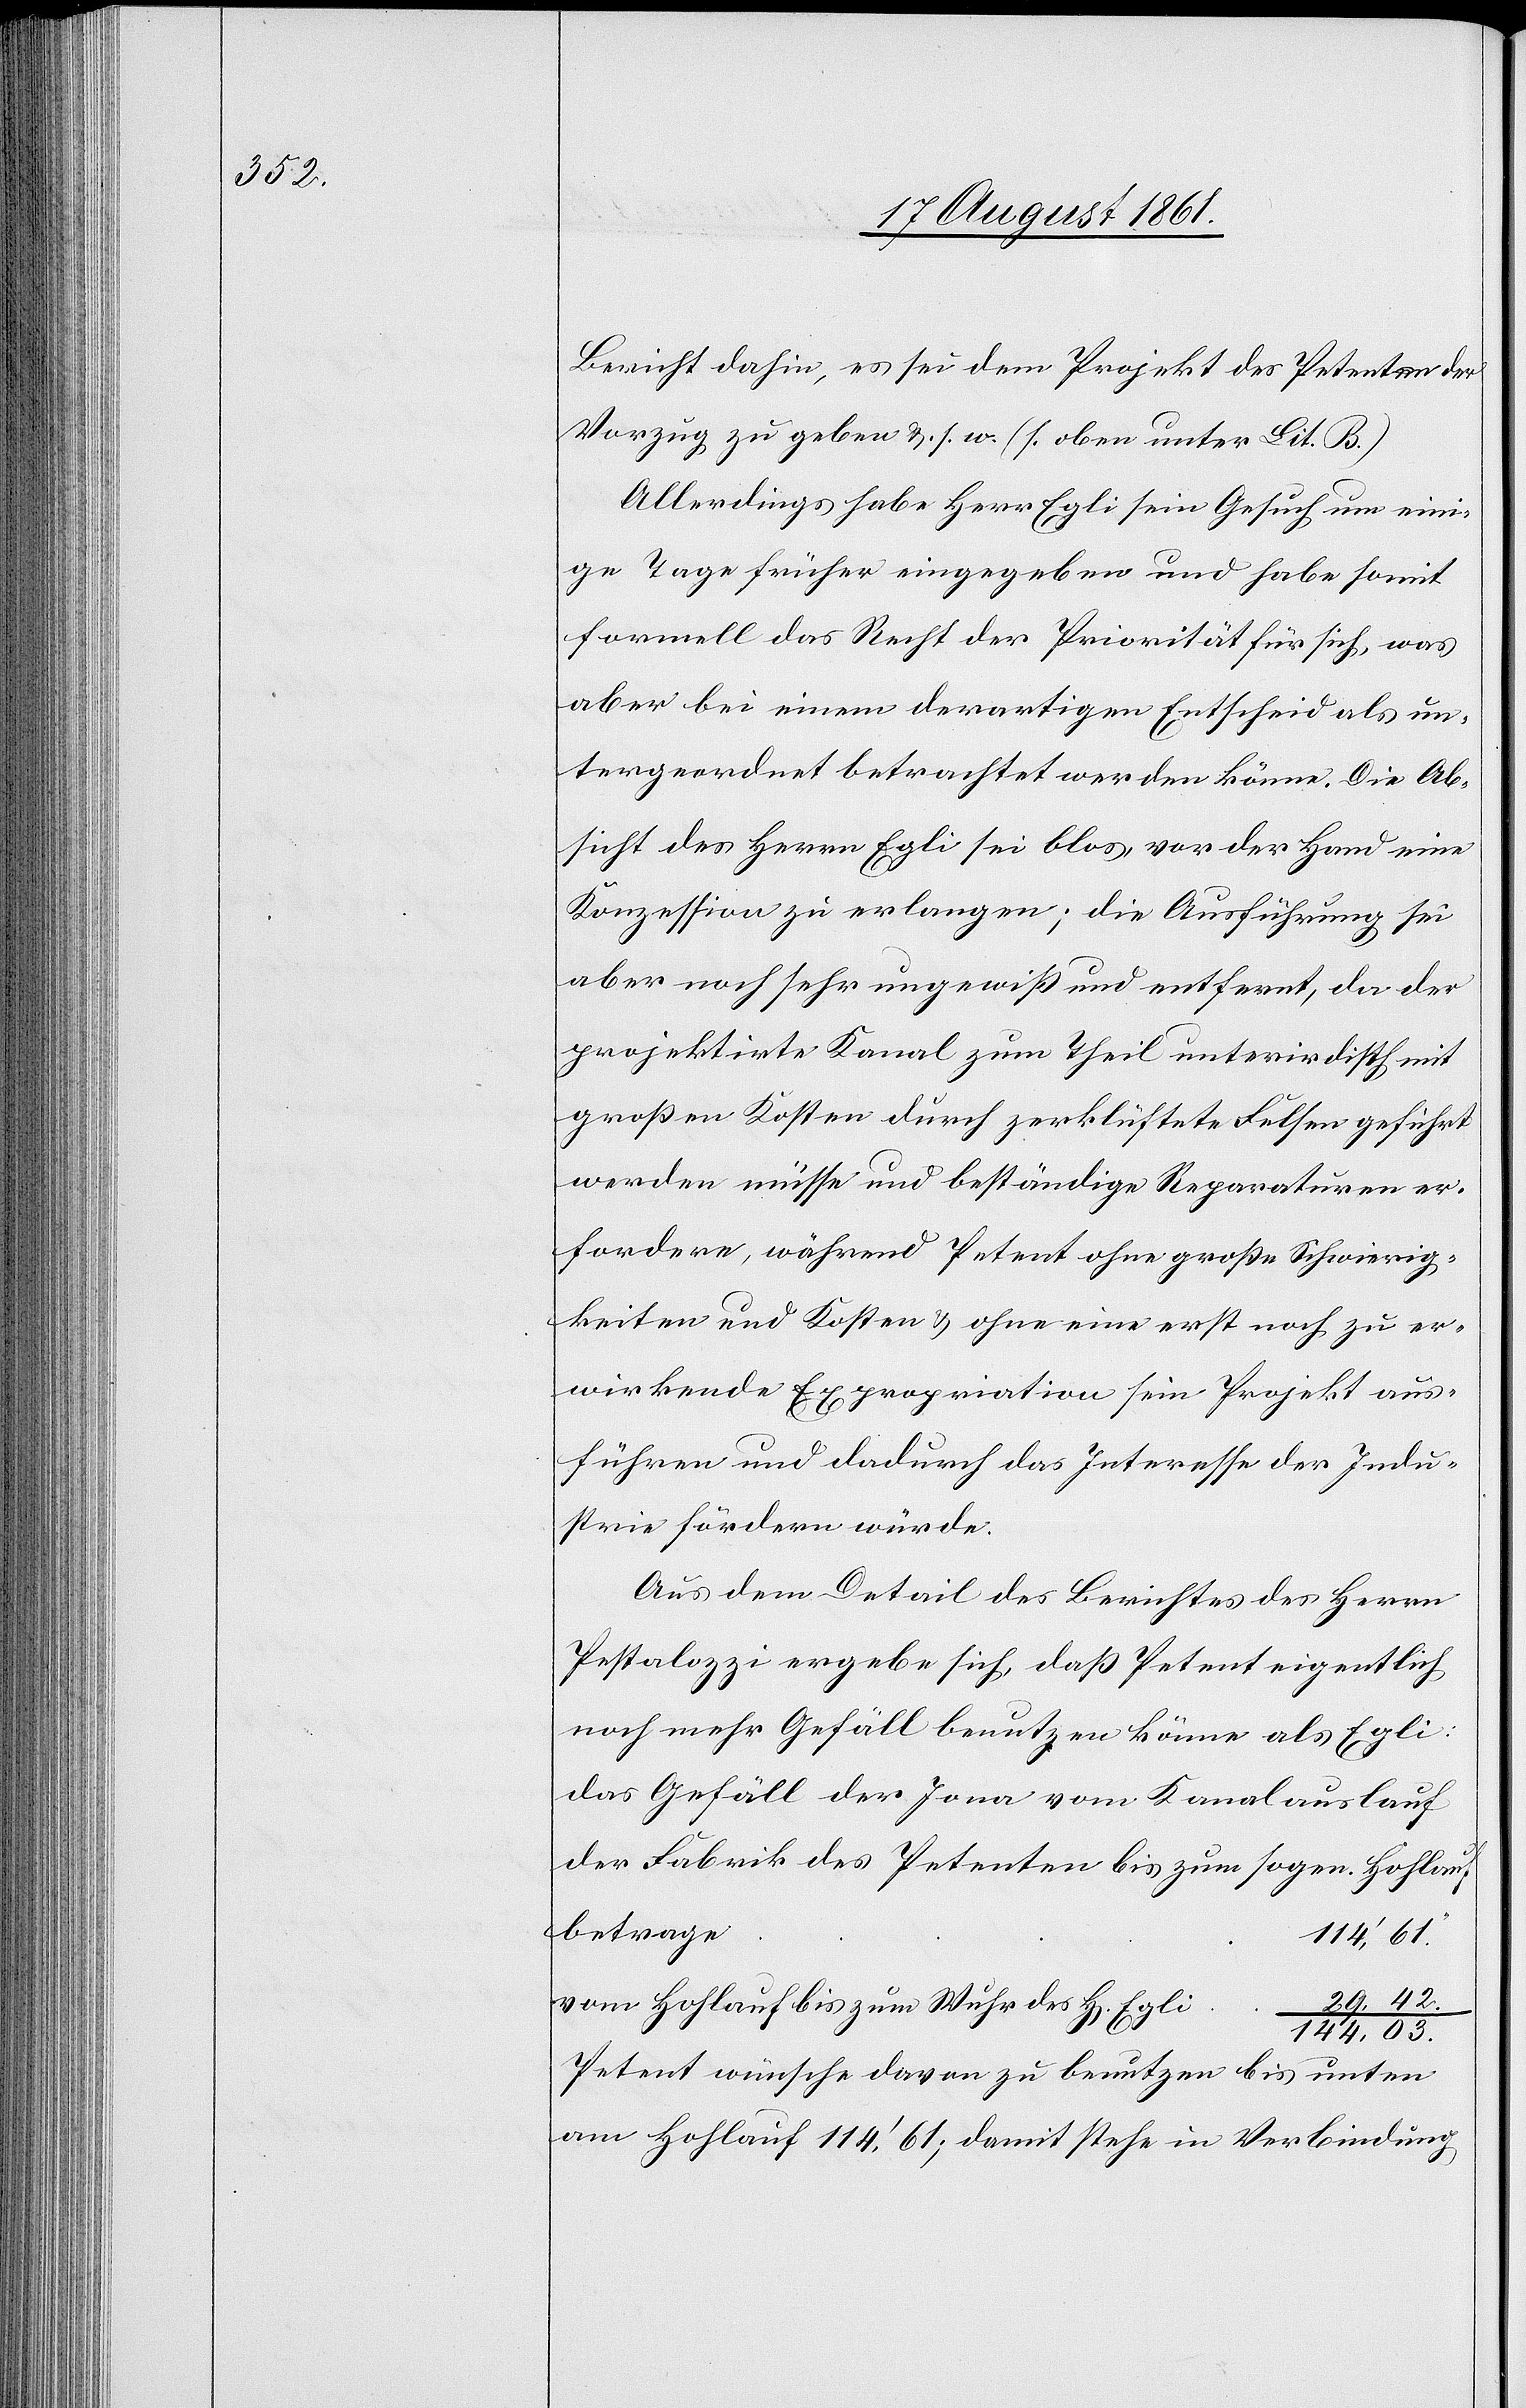
Bericht dahin, es sei dem Projekt des Petenten der
Vorzug zu geben u. s. w. (s. oben unter Lit. B.)
Allerdings habe Herr Egli sein Gesuch um eini¬
ge Tage früher eingegeben und habe somit
formell das Recht der Priorität für sich, was
aber bei einem derartigen Entscheid als un¬
tergeordnet betrachtet werden könne. Die Ab¬
sicht des Herrn Egli sei blos, vor der Hand eine
Konzession zu erlangen; die Ausführung sei
aber noch sehr ungewiß und entfernt, da der
projektirte Kanal zum Theil unterirdisch mit
großen Kosten durch zerklüftete Felsen geführt
werden müsse und beständige Reparaturen er¬
fordere, während Petent ohne große Schwierig¬
keiten und Kosten u. ohne eine erst noch zu er¬
wirkende Expropriation sein Projekt aus¬
führen und dadurch das Interesse der Indu¬
strie fördern würde.
Aus dem Detail des Berichtes des Herrn
Pestalozzi ergebe sich, daß Petent eigentlich
noch mehr Gefäll benutzen könne als Egli:
das Gefäll der Jona vom Kanalauslauf
der Fabrik des Petenten bis zum sogen. Hohlauf
Vom Hohlauf bis zum Wuhr des H[errn]
144.03.
Petent wünsche davon zu benutzen bis unten
am Hohlauf 114’61; damit stehe in Verbindung